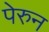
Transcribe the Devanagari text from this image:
पेरुन